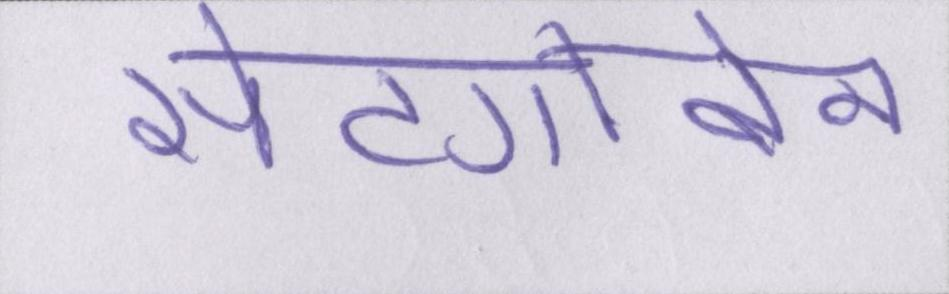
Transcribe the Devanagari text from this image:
सेंटगोबेन